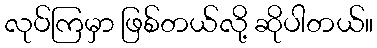
လုပ်ကြမှာ ဖြစ်တယ်လို့ ဆိုပါတယ်။